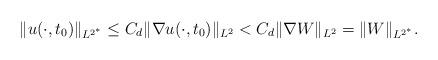
LaTeX: \begin{align*} \|u(\cdot, t_0)\|_{L^{2^\ast}} \leq C_d \|\nabla u(\cdot, t_0)\|_{L^2} < C_d \|\nabla W\|_{L^2} = \|W\|_{L^{2^\ast}}. \end{align*}